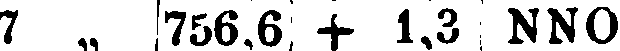
7 „ 756,6 + 1,3 NNO